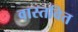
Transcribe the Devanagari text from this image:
वास्तवित